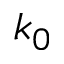
k _ { 0 }